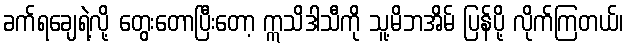
ခက်ရချေရဲ့လို့ တွေးတောပြီးတော့ ဣသိဒါသီကို သူ့မိဘအိမ် ပြန်ပို့ လိုက်ကြတယ်၊